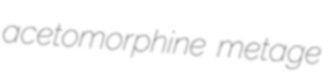
acetomorphine metage